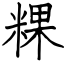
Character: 粿